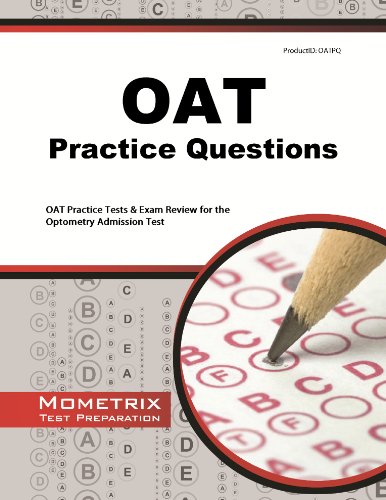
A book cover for OAT Practice Questions: OAT Practice Tests & Exam Review for the Optometry Admission Test; OAT Exam Secrets Test Prep Team; Medical Books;